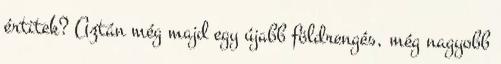
értitek? Aztán még majd egy újabb földrengés, még nagyobb